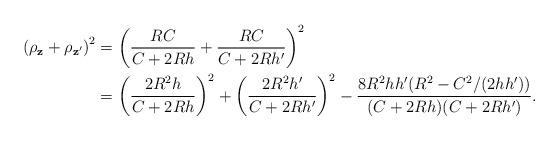
LaTeX: \begin{align*}\left(\rho_{\mathbf z} + \rho_{\mathbf z'} \right)^2 &=\left(\frac{RC}{C + 2 R h} + \frac{RC}{C + 2 R h'}\right)^2 \\&= \left(\frac {2 R^2 h}{C + 2 R h} \right)^2 + \left(\frac {2 R^2 h'}{C + 2 R h'}\right)^2 - \frac {8 R^2 h h'(R^2 - C^2/(2hh') ) }{(C + 2 R h)(C + 2 R h')}.\end{align*}